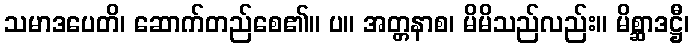
သမာဒပေတိ၊ ဆောက်တည်စေ၏။ ပ။ အတ္တနာစ၊ မိမိသည်လည်း။ မိစ္ဆာဒဋ္ဌီ၊